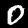
Label: 0